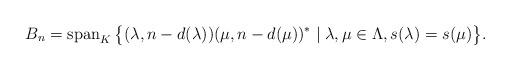
LaTeX: \begin{align*}B_n =\operatorname{span}_K\big\{(\lambda, n - d(\lambda))(\mu, n - d(\mu))^* \mid \lambda,\mu \in\Lambda, s(\lambda) = s(\mu)\big\}.\end{align*}